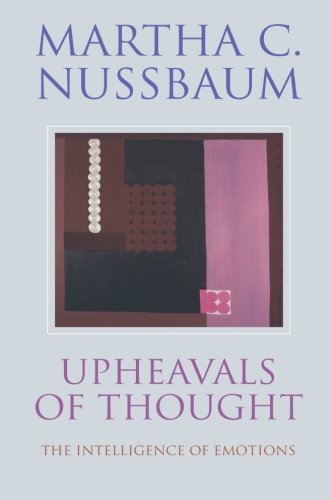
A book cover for Upheavals of Thought: The Intelligence of Emotions; Martha C. Nussbaum; Politics & Social Sciences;